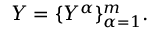
\boldsymbol { Y } = \{ Y ^ { \alpha } \} _ { \alpha = 1 } ^ { m } .